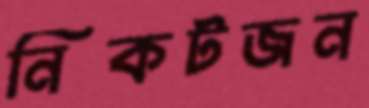
নিকটজন